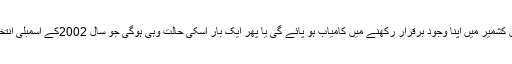
‘‘ کیا کانگریس جموں کشمیر میں اپنا وجود برقرار رکھنے میں کامیاب ہو پائے گی یا پھر ایک بار اسکی حالت وہی ہوگی جو سال 2002کے اسمبلی انتخابات سے پہلے تھی؟